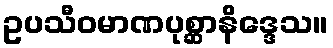
ဥပသီဝမာဏပုစ္ဆာနိဒ္ဒေသ။